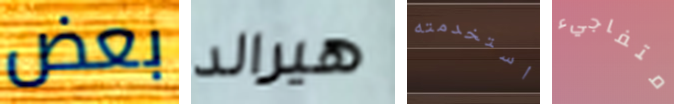
بعض هيرالد استخدمته متفاجيء